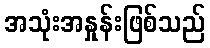
အသုံးအနှုန်းဖြစ်သည်